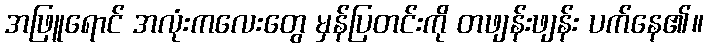
အဖြူရောင် အလုံးကလေးတွေ မှန်ပြတင်းကို တဖျန်းဖျန်း ပက်နေ၏။